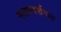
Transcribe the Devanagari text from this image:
मतप्रदर्शनात